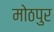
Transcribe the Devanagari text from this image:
मोठपुर